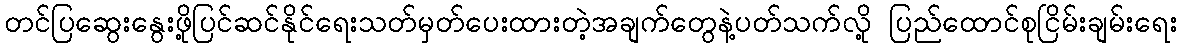
တင်ပြဆွေးနွေးဖို့ပြင်ဆင်နိုင်ရေးသတ်မှတ်ပေးထားတဲ့အချက်တွေနဲ့ပတ်သက်လို့ ပြည်ထောင်စုငြိမ်းချမ်းရေး